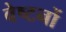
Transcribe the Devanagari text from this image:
वेष्टनों